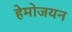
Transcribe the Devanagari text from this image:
हेमोजयन